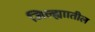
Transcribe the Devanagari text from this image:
जिल्ह्याातील